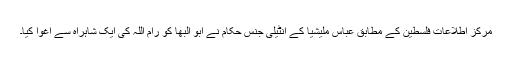
مرکز اطلاعات فلسطین کے مطابق عباس ملیشیا کے انٹیلی جنس حکام نے ابو البھا کو رام اللہ کی ایک شاہراہ سے اغوا کیا۔